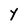
Character: Y